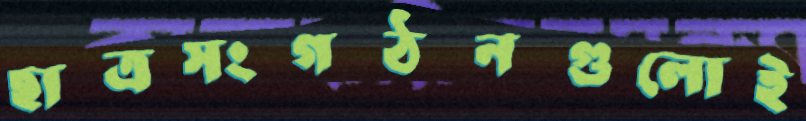
ছাত্রসংগঠনগুলোই